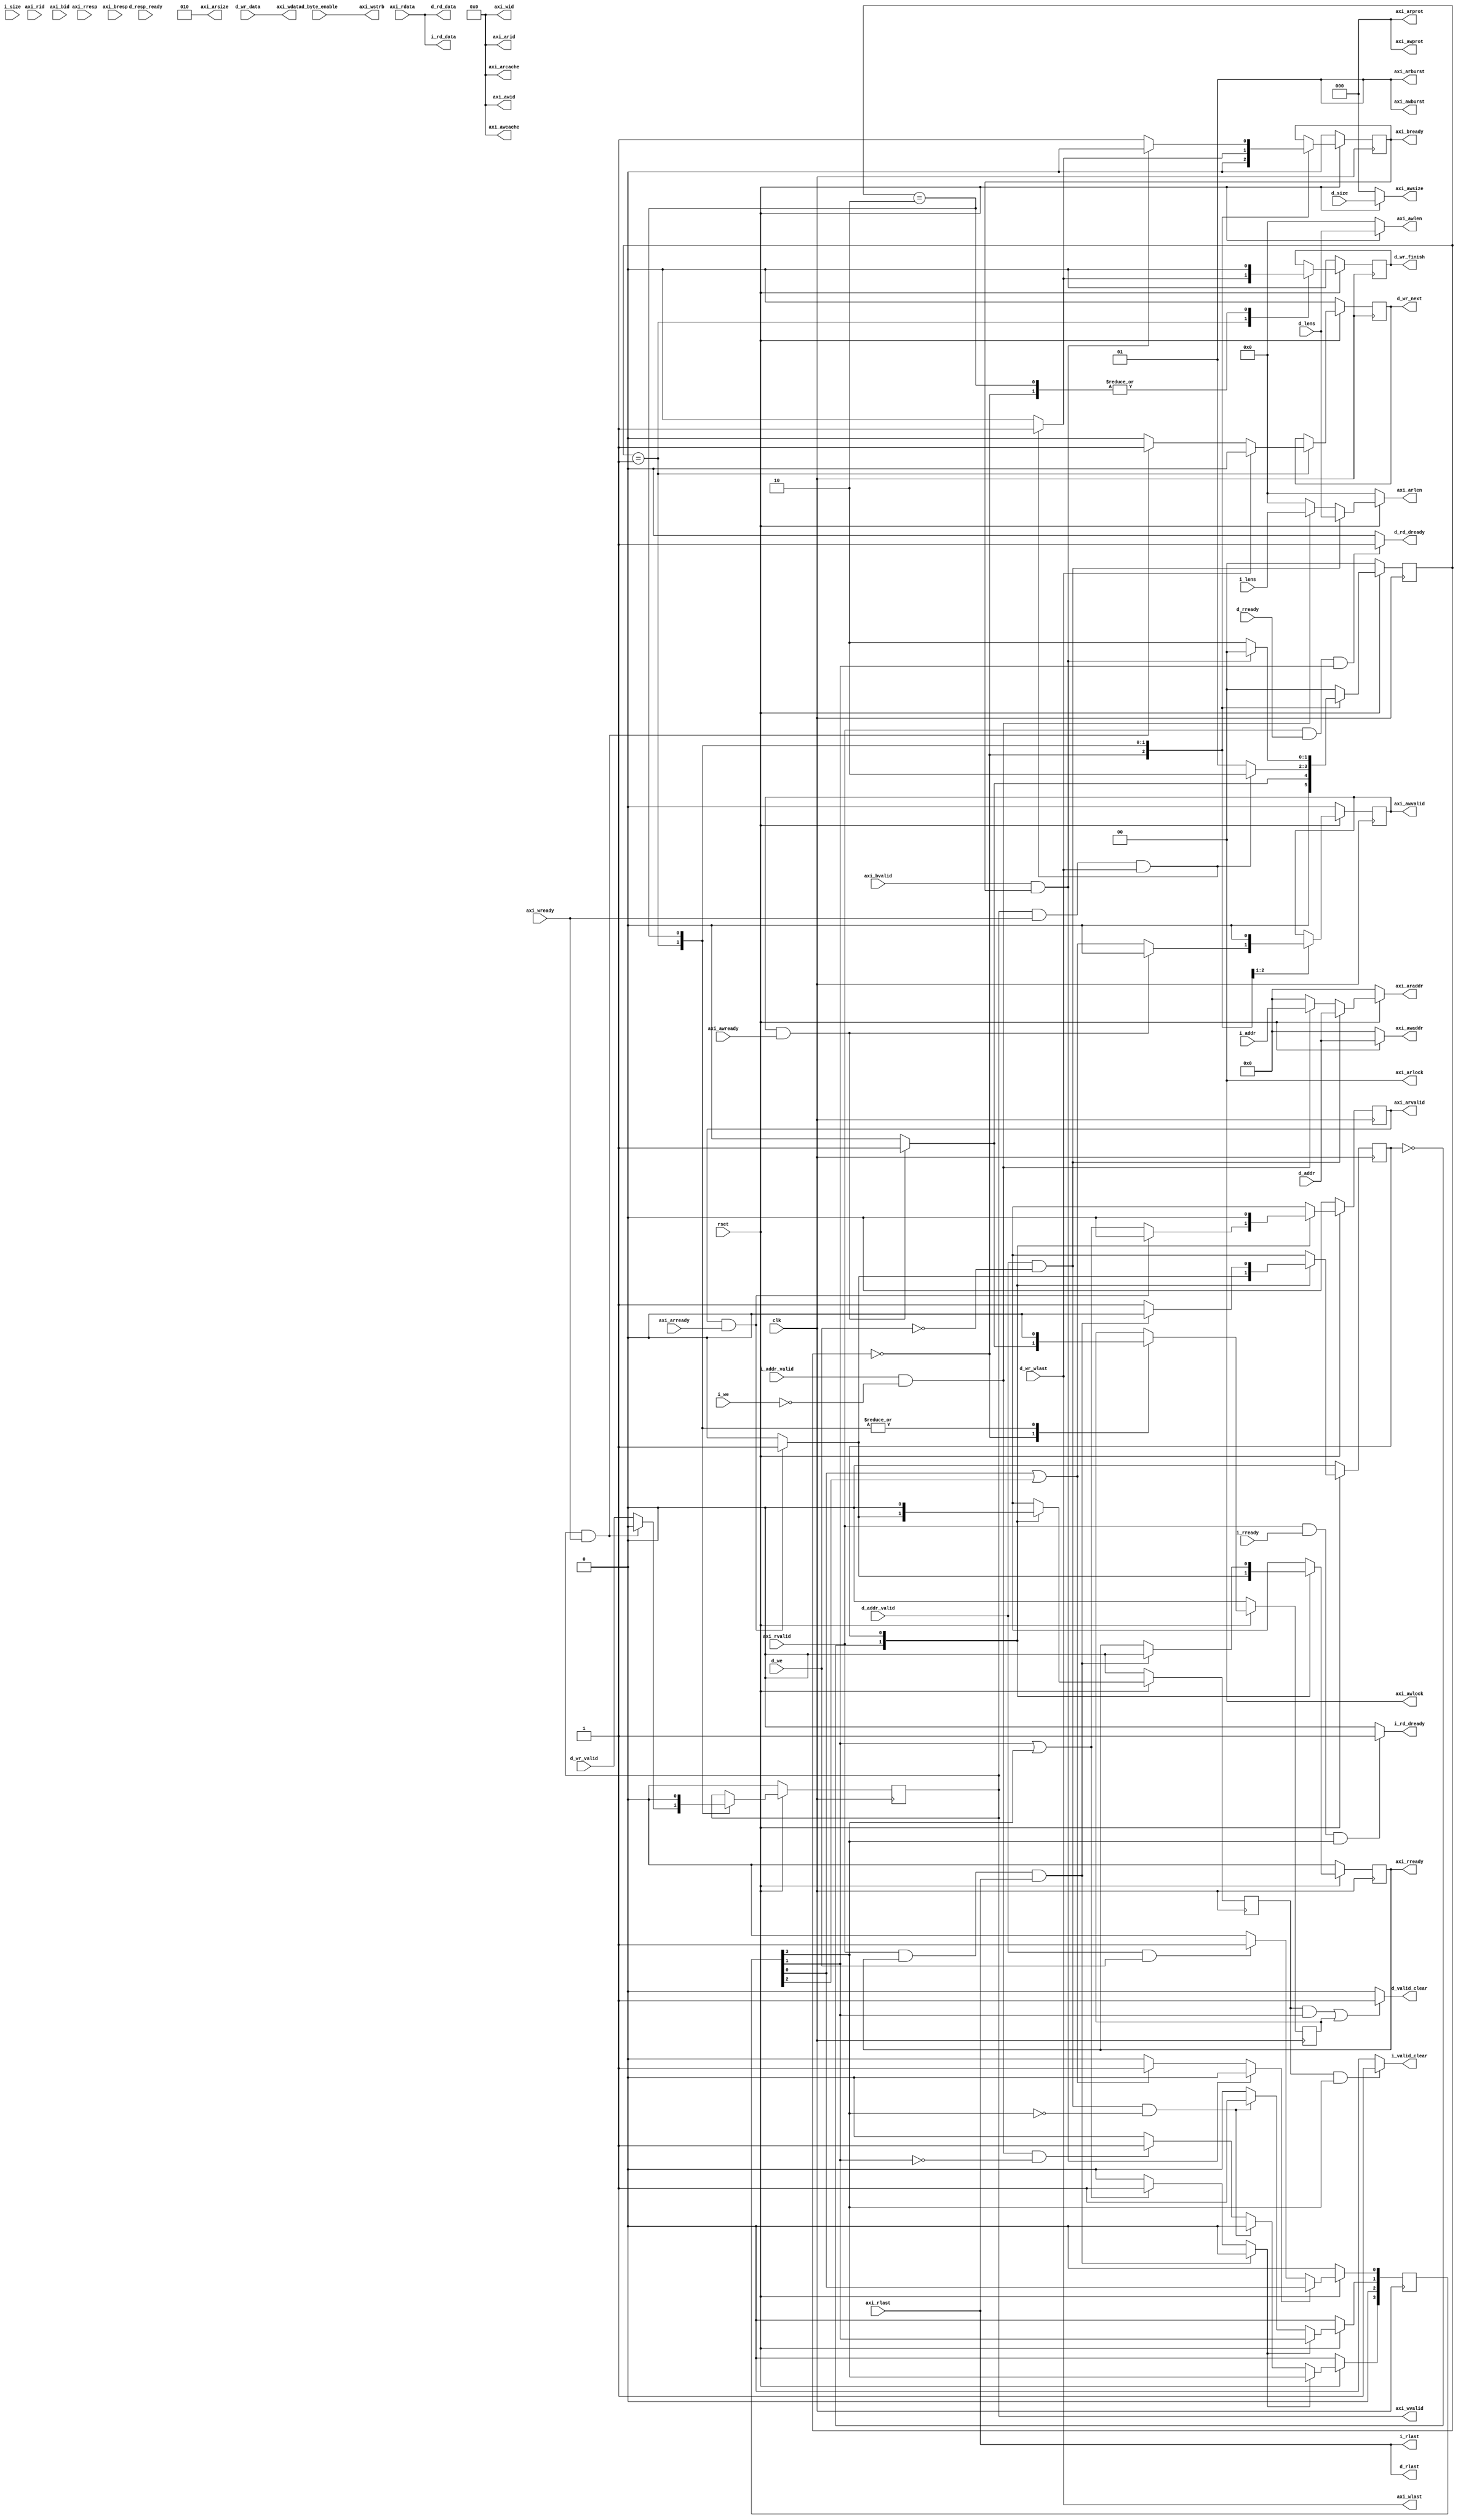
/*
**  
**  AXI
**  
*/
module AXI_interface(
    input wire 						clk,
    input wire 						rset,
	
    //icache
    input wire 	[31:0]				i_addr,
    input wire 						i_addr_valid,
    input wire 						i_we,
    input wire 	[2:0]				i_size,
    input wire 	[7:0]				i_lens,
    input wire 						i_rready,
    output 							i_valid_clear,			//icache
    output 							i_rd_dready,			//cache
    output 		[31:0]				i_rd_data,				//icache
    output 							i_rlast,				//icache

    //dcache
    input wire 	[31:0]				d_addr,
    input wire 						d_addr_valid,
    input wire 						d_we,
    input wire 	[2:0]				d_size,
    input wire 	[7:0]				d_lens,
    input wire 						d_rready,
    input wire 	[31:0]				d_wr_data,
    input wire 						d_wr_valid,
    input wire 	[3:0]				d_byte_enable,
    input wire 						d_resp_ready,
    input wire 						d_wr_wlast,
    output 							d_valid_clear,
    output 							d_rd_dready,
    output 		[31:0]				d_rd_data,
    output reg 						d_wr_next,				//dcache
    output reg 						d_wr_finish,			//dcache
    output 							d_rlast,				//dcache

    //axi
    //read addr channel
    output 		[31:0]				axi_araddr,
    output 		[1:0]				axi_arburst,
    output 		[3:0]				axi_arcache,
    output 		[3:0]				axi_arid,
    output 		[7:0]				axi_arlen,
    output 		[1:0]				axi_arlock,
    output 		[2:0]				axi_arprot,
    input wire 						axi_arready,
    output 		[2:0]				axi_arsize,
    output reg 						axi_arvalid,

    //write addr channel
    output 		[31:0]				axi_awaddr,
    output 		[1:0]				axi_awburst,
    output 		[3:0]				axi_awcache,
    output 		[3:0]				axi_awid,
    output 		[7:0]				axi_awlen,
    output 		[1:0]				axi_awlock,
    output 		[2:0]				axi_awprot,
    input wire 						axi_awready,
    output 		[2:0]				axi_awsize,
    output reg 						axi_awvalid,

    //read data channel
    input wire 	[31:0]				axi_rdata,
    input wire 	[3:0]				axi_rid,
    input wire 						axi_rlast,
    output reg 						axi_rready,
    input wire 	[1:0]				axi_rresp,
    input wire 						axi_rvalid,

    //write data channel
    output 		[3:0]				axi_wid,
    output 		[31:0]				axi_wdata,
    output 							axi_wlast,
    input wire 						axi_wready,
    output 		[3:0]				axi_wstrb,
    output reg 						axi_wvalid,

    //write response channel
    input wire 	[3:0]				axi_bid,
    output reg 						axi_bready,
    input wire 	[1:0]				axi_bresp,
    input wire 						axi_bvalid
);

    reg 		[3:0] 				arbiter_id;				//
    wire 		[2:0]				temp_arsize;
    
    wire ar_enter = axi_arvalid & axi_arready;				//
    wire r_retire = axi_rvalid  & axi_rready & axi_rlast;	//
    wire aw_enter = axi_awvalid & axi_awready;				//
    wire w_enter  = axi_wvalid  & axi_wready & axi_wlast;	//
    wire b_retire = axi_bvalid  & axi_bready;				//

    parameter ST0 = 0, ST1 = 1, ST2 = 2, ST3 = 3;
    reg 		[1:0] 				write_state;
    reg 							read_state;
	
	reg 							wr_clear; 
    reg 							rd_clear; 

	wire 							rd_lock;				//
    wire 							wr_lock;				//

    assign axi_arid = 4'b0000;
    assign axi_arburst = 2'b01;
    assign axi_arlock = 0;
    assign axi_arcache = 0;
    assign axi_arprot = 3'b000;
    assign axi_araddr  = ~rset ? 0 : ((d_addr_valid & ~d_we) ? d_addr : ((i_addr_valid & ~i_we) ? i_addr : 0));
    assign axi_arsize = 3'b010;								//
    assign temp_arsize  = ~rset ? 0 : ((d_addr_valid & ~d_we) ? d_size : ((i_addr_valid & ~i_we) ? i_size : 0));
    assign axi_arlen  = ~rset ? 0 : ((d_addr_valid & ~d_we) ? d_lens : ((i_addr_valid & ~i_we) ? i_lens : 0));
    
    assign axi_awid = 4'b0000;
    assign axi_awburst = 2'b01;
    assign axi_awlock = 0;
    assign axi_awcache = 0;
    assign axi_awprot = 3'b000;
    assign axi_awaddr  = ~rset ? 0 : d_addr;
    assign axi_awsize  = ~rset ? 0 : d_size;
    assign axi_awlen  = ~rset ? 0 : d_lens;

    assign axi_wid = 4'b0000;
    assign axi_wdata = d_wr_data;							//dcache
    assign axi_wstrb = d_byte_enable;
    assign axi_wlast = d_wr_wlast;

    assign i_rd_data = axi_rdata;
    assign i_rd_dready = (axi_rvalid & i_rready & arbiter_id[3]) ? 1:0;
    assign i_rlast = axi_rlast;
    assign i_valid_clear = (rd_clear & arbiter_id[3]) ? 1:0;

    assign d_rd_data = axi_rdata;
    assign d_rd_dready = (axi_rvalid & d_rready & arbiter_id[1]) ? 1:0;
    assign d_rlast = axi_rlast;
    assign d_valid_clear = ((rd_clear & arbiter_id[1]) || wr_clear) ? 1:0;
									  
    always@(posedge clk)begin
        arbiter_id[0] <= ~rset ? 0: wr_lock ? arbiter_id[0] : d_addr_valid & d_we ? 1 : 0;
        arbiter_id[1] <= ~rset ? 0: rd_lock ? arbiter_id[1] : d_addr_valid & ~d_we & ~arbiter_id[3] ? 1 : 0;
        arbiter_id[2] <= 0;
        arbiter_id[3] <= ~rset ? 0: rd_lock ? arbiter_id[3] : d_addr_valid & ~d_we & ~arbiter_id[3] ? 0 :
                                                              i_addr_valid & ~i_we & ~arbiter_id[1] ? 1 : 0;
    end
	
    assign rd_lock = r_retire ? 0: (arbiter_id[1]||arbiter_id[3]) ? 1:0;
    assign wr_lock = b_retire ? 0: (arbiter_id[0]||arbiter_id[2]) ? 1:0;
  
    //read
    always @(posedge clk) begin
        if (~rset) begin
            // reset
            read_state <= 0;
            axi_arvalid <= 0; 
            axi_rready <= 0;
            rd_clear <= 0;
        end
        else begin
            case(read_state)
                ST0:begin//
                    axi_arvalid <= ar_enter? 0:(arbiter_id[1]||arbiter_id[3]);
                    read_state <= ar_enter ? 1:0;
                    axi_rready <= ar_enter ? 1:0;
                    rd_clear <= ar_enter ? 1:0;
                end
                ST1:begin//
                    axi_arvalid <= 0;
                    read_state <= r_retire ? 0:1;
                    axi_rready <= r_retire ? 0:axi_rready;
                    rd_clear <= 0;
                end
            endcase
        end
    end

    //write
    always @(posedge clk) begin
        if (~rset) begin
            // reset
            write_state <= 0;
            d_wr_finish <= 0;
            d_wr_next <= 0;
            wr_clear <= 0;
            axi_bready <= 0;
            axi_awvalid <= 0;
            axi_wvalid <= 0;
        end
        else begin
            case(write_state)
                ST0:begin//
                    wr_clear <= aw_enter ? 1:0;
                    axi_awvalid <= aw_enter ? 0:(arbiter_id[0]||arbiter_id[2]);
                    write_state <= aw_enter ? 1:0;
                    d_wr_finish <= 0;
                    axi_bready <= 0;
                end
                ST1:begin//
                    wr_clear <= 0;
                    axi_awvalid <= 0;
                    axi_wvalid <= (axi_wvalid && axi_wready)? 0:d_wr_valid;
                    write_state <= w_enter ? 2:1;
                    d_wr_next <= axi_wlast ? 0:
                                ((axi_wvalid && axi_wready)? 1 : 0);
                    d_wr_finish <= w_enter ? 1:0;
                    axi_bready <= w_enter ? 1:0;
                //CPU
                end
                ST2:begin//
                    wr_clear <= 0;
                    axi_wvalid <= 0;
                    write_state <= b_retire ? 0 : 2;
                    d_wr_finish <= 0;
                    axi_bready <= b_retire ? 0:1;
                end
                default:begin
                    write_state <= 0;
                end
            endcase
        end
    end

endmodule